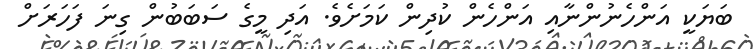
ބަޔަކީ އަންހެނުންނާއި އަންހެން ކުދިން ކަމަށެވެ. އަދި މީގެ ސަބަބުން ގިނަ ފަހަރަށް